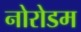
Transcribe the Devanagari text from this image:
नोरोडम